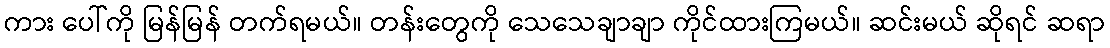
ကား ပေါ်ကို မြန်မြန် တက်ရမယ်။ တန်းတွေကို သေသေချာချာ ကိုင်ထားကြမယ်။ ဆင်းမယ် ဆိုရင် ဆရာ